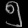
Digit: ၅